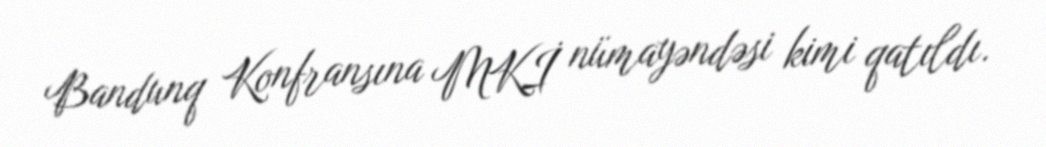
Bandunq Konfransına MKİ nümayəndəsi kimi qatıldı.